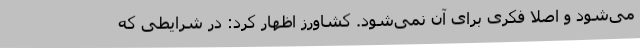
می‌شود و اصلا فکری برای آن نمی‌شود.‌ کشاورز اظهار کرد: در شرایطی که